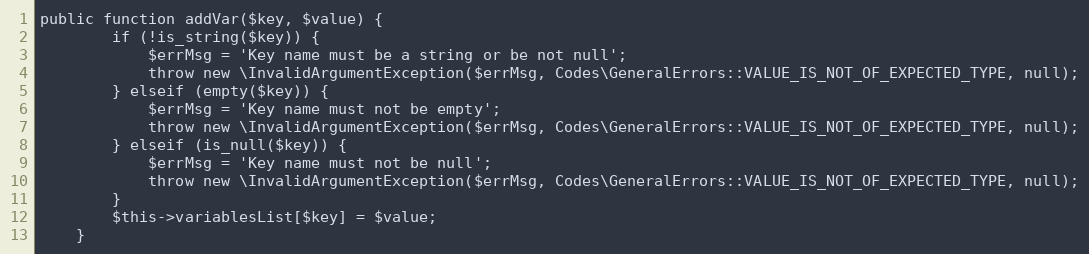
Language: PHP
public function addVar($key, $value) {
        if (!is_string($key)) {
            $errMsg = 'Key name must be a string or be not null';
            throw new \InvalidArgumentException($errMsg, Codes\GeneralErrors::VALUE_IS_NOT_OF_EXPECTED_TYPE, null);
        } elseif (empty($key)) {
            $errMsg = 'Key name must not be empty';
            throw new \InvalidArgumentException($errMsg, Codes\GeneralErrors::VALUE_IS_NOT_OF_EXPECTED_TYPE, null);
        } elseif (is_null($key)) {
            $errMsg = 'Key name must not be null';
            throw new \InvalidArgumentException($errMsg, Codes\GeneralErrors::VALUE_IS_NOT_OF_EXPECTED_TYPE, null);
        }
        $this->variablesList[$key] = $value;
    }